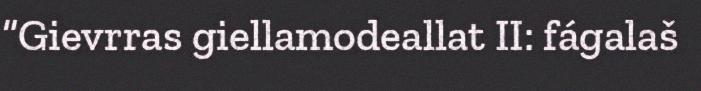
“Gievrras giellamodeallat II: fágalaš